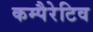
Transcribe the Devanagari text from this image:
कम्पैरेटिव